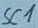
Text: SC1